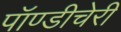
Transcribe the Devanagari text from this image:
पॉण्डीचेरी